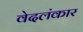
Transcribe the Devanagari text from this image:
वेदलंकार